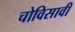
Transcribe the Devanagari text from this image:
चोविसावी